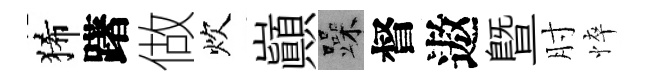
狶躇做炊巔躁督遨暨肘悴